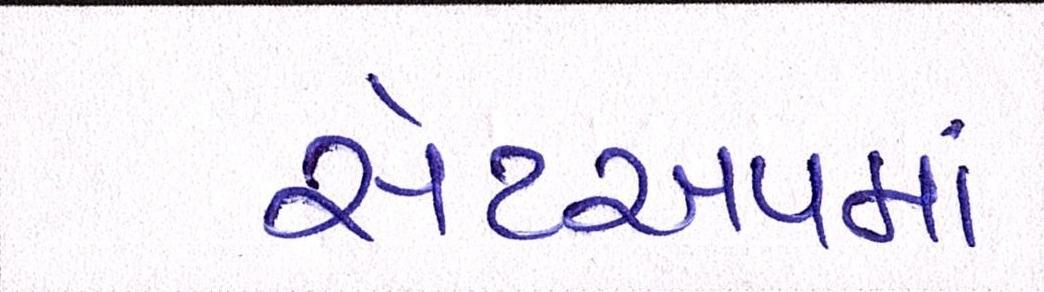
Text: સેટઅપમાં